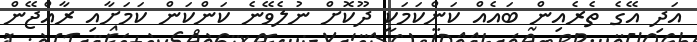
އަދި އޭގެ ތެރެއިން ބައެއް ކަންކަމަކީ ދޫކޮށް ނުލެވޭނެ ކަންކަން ކަމަށާއި ރާއްޖޭން